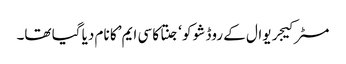
مسٹر کیجریوال کے روڈ شو کو ‘جنتا کا سی ایم’ کا نام دیا گیا تھا۔